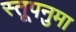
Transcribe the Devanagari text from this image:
स्तूपनुमा